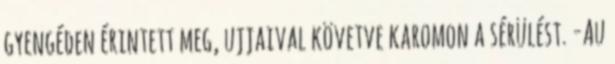
gyengéden érintett meg, ujjaival követve karomon a sérülést. -Au